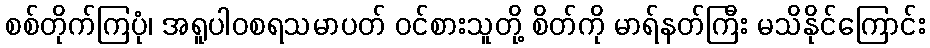
စစ်တိုက်ကြပုံ၊ အရူပါဝစရသမာပတ် ဝင်စားသူတို့ စိတ်ကို မာရ်နတ်ကြီး မသိနိုင်ကြောင်း